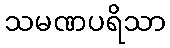
သမဏပရိသာ